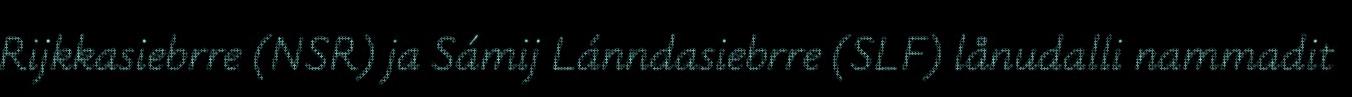
Rijkkasiebrre (NSR) ja Sámij Lánndasiebrre (SLF) lånudalli nammadit